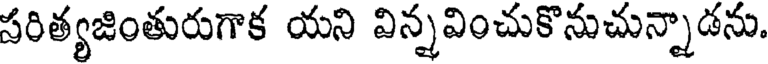
సరిత్యజింతురుగాక యని విన్నవించుకొనుచున్నాడను.